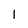
Character: l